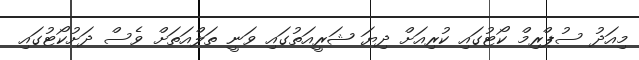
މިއަދު ސުޕްރިމް ކޯޓުގައި ކުރިއަށް ދިޔަ ޝަރީއަތުގައި ވަނީ ތަލްއަތަށް ވެސް ދަށުކޯޓުގައި